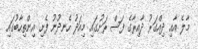
މާލެ އާއި ދިއްގަރު ދާއިރާގެ ފަސް ރަށުގައި މިއަދު ހެނދުނު ފެށި އިންތިހާބުގައި